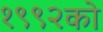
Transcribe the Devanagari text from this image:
१९९२को